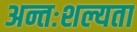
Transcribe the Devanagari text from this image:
अन्तःशल्यता